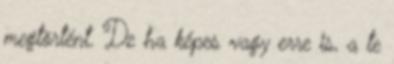
megtörtént. De ha képes vagy erre is, a te